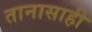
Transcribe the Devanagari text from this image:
तानासाही